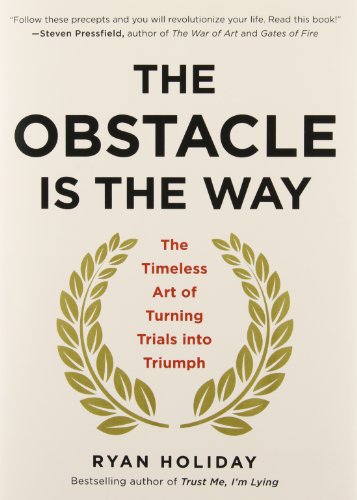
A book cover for The Obstacle Is the Way: The Timeless Art of Turning Trials into Triumph; Ryan Holiday; Self-Help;